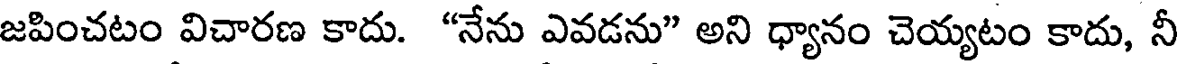
జపించటం విచారణ కాదు. "నేను ఎవడను" అని ధ్యానం చెయ్యటం కాదు, నీ